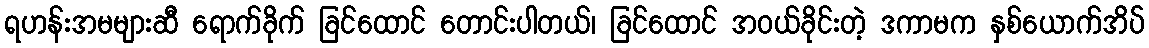
ရဟန်းအမများဆီ ရောက်ခိုက် ခြင်ထောင် တောင်းပါတယ်၊ ခြင်ထောင် အဝယ်ခိုင်းတဲ့ ဒကာမက နှစ်ယောက်အိပ်